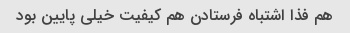
هم فذا اشتباه فرستادن هم کیفیت خیلی پایین بود